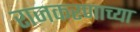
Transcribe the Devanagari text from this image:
राजकरणाच्या